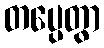
တပ္ပေတွာ